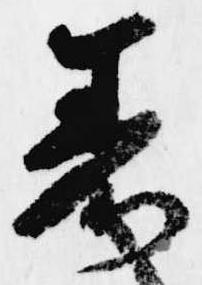
着